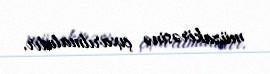
müzakirəsinə çıxarılmalıdır.